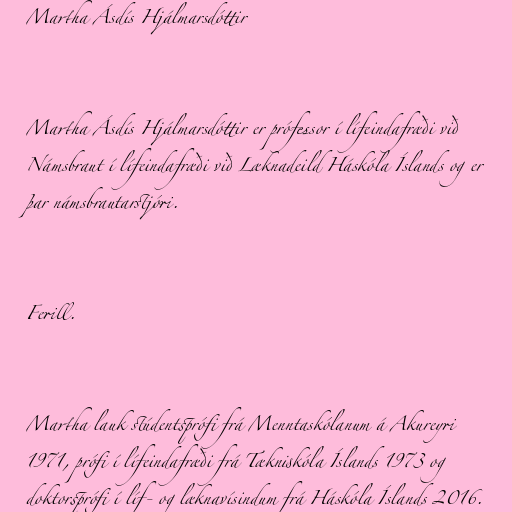
Martha Ásdís Hjálmarsdóttir

Martha Ásdís Hjálmarsdóttir er prófessor í lífeindafræði við
Námsbraut í lífeindafræði við Læknadeild Háskóla Íslands og er
þar námsbrautarstjóri.

Ferill.

Martha lauk stúdentsprófi frá Menntaskólanum á Akureyri
1971, prófi í lífeindafræði frá Tækniskóla Íslands 1973 og
doktorsprófi í líf- og læknavísindum frá Háskóla Íslands 2016.